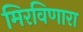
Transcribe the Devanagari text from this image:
मिरविणारा